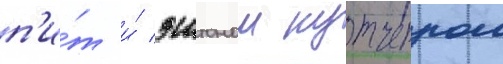
п'и́т и́ эштоном кутчером